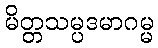
မိတ္တသမ္ပဒမာဂမ္မ